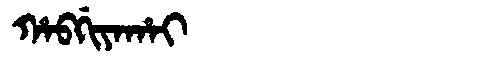
Manchu: ᡥᠠᠪᡤᡳᠶᠠᡥᠠᡳ
Romanization: HABGIYAHAI